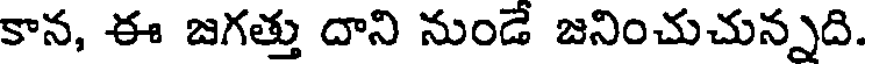
కాన, ఈ జగత్తు దాని నుండే జనించుచున్నది.